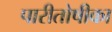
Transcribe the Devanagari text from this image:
पारीतोषीका